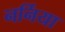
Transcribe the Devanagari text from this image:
नर्निया